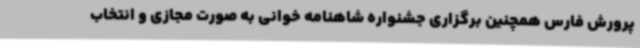
پرورش فارس همچنین برگزاری جشنواره شاهنامه خوانی به صورت مجازی و انتخاب